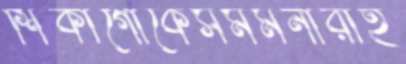
শিকাগোকেসমমনারাহ